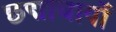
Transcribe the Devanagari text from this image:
छद्माचार्यों